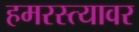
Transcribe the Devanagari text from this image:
हमरस्त्यावर